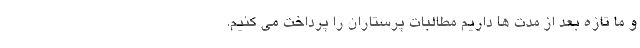
و ما تازه بعد از مدت ها داریم مطالبات پرستاران را پرداخت می کنیم.